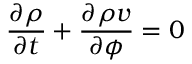
\frac { \partial \rho } { \partial t } + \frac { \partial \rho v } { \partial \phi } = 0